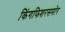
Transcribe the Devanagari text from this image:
किंगफिशरसमोर